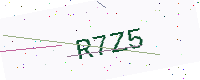
Text: R7Z5